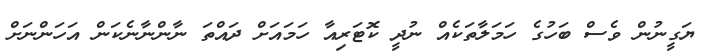
ޔަގީނުން ވެސް ބަހުގެ ހަމަލާތަކެއް ނުދީ ކޮޓަރިއާ ހަމައަށް ދައްތަ ނާންނާނެކަން އަހަންނަށް